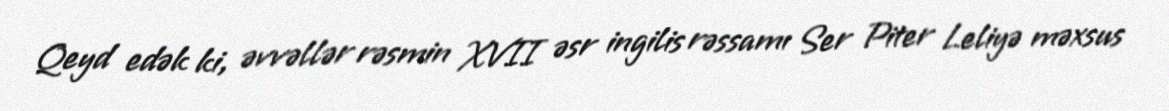
Qeyd edək ki, əvvəllər rəsmin XVII əsr ingilis rəssamı Ser Piter Leliyə məxsus